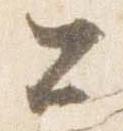
公